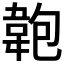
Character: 𩎘